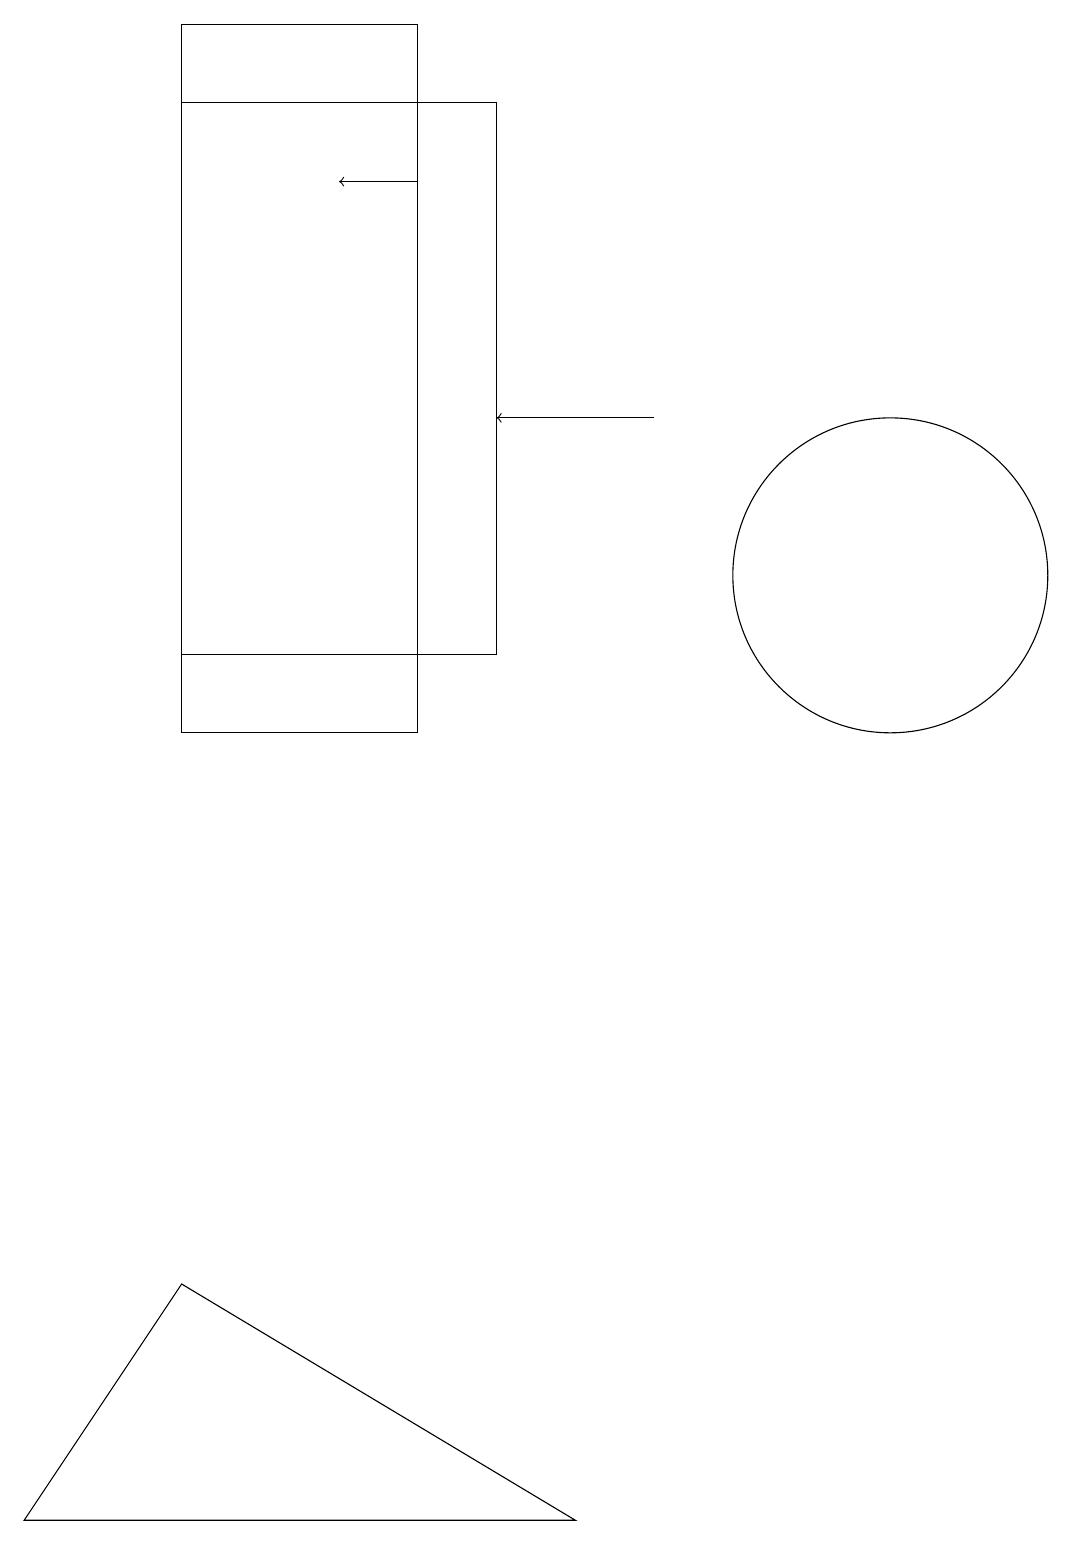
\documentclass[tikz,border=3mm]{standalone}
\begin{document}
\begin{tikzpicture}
\draw[->] (5,17) -- (4,17);
\draw (11,12) circle (2);
\draw (6,11) rectangle (2,18);
\draw (0,0) -- (7,0) -- (2,3) -- cycle;
\draw[->] (8,14) -- (6,14);
\draw (2,19) rectangle (5,10);
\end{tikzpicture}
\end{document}